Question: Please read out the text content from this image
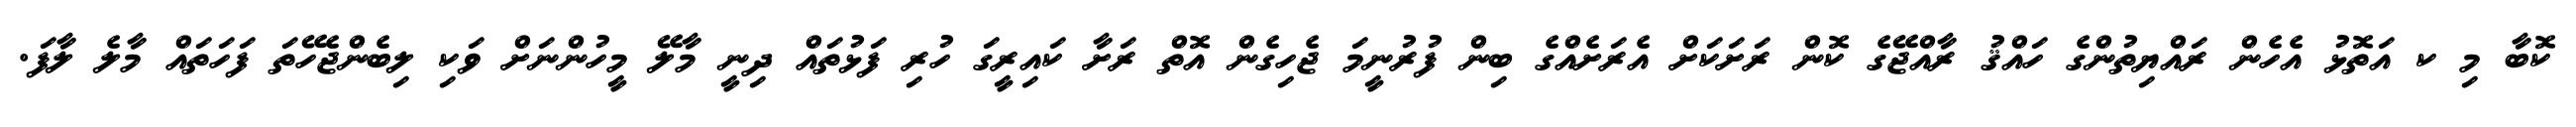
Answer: ކޮބާ މި ކ އަތޮޅު އެހެން ރައްޔިތުންގެ ހައްޤު ރާއްޖޭގެ ކޮން ރަށަކަށް އެރަށެއްގެ ބިން ފުރުނީމަ ޖެހިގެން އޮތް ރަށާ ކައިރީގަ ހުރި ފަޅުތައް ދިނީ މާލޭ މީހުންނަށް ވަކި ލިބެންޖެހޭތަ ފަހަތައް މާލެ ލާފަ.